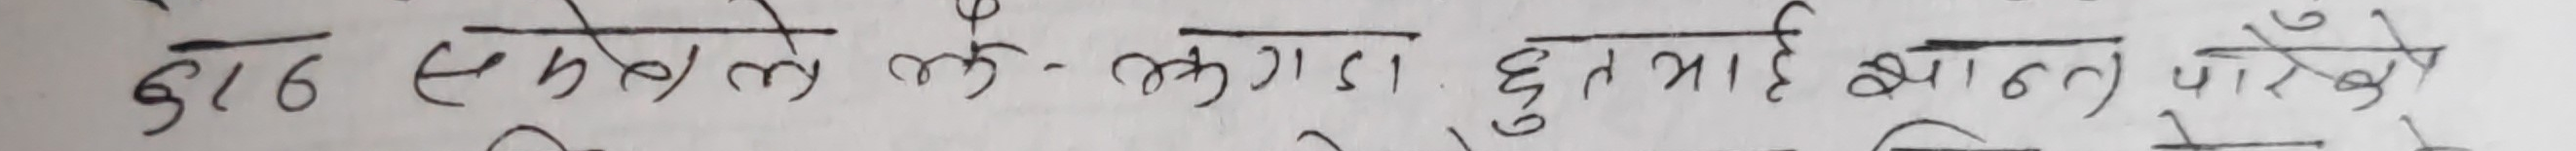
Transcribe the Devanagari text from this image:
ढाड एउलैले ल-लगाइ छुट्टी आन्त पाएको